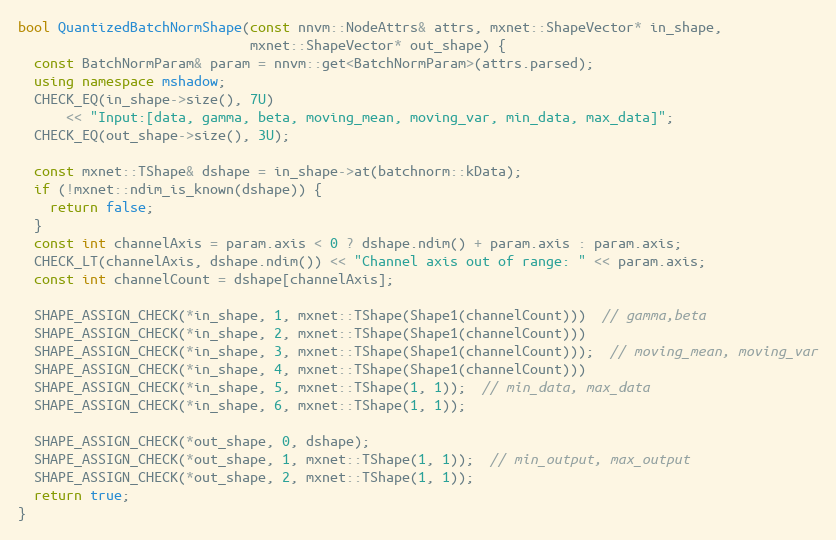
Language: C++
bool QuantizedBatchNormShape(const nnvm::NodeAttrs& attrs, mxnet::ShapeVector* in_shape,
                             mxnet::ShapeVector* out_shape) {
  const BatchNormParam& param = nnvm::get<BatchNormParam>(attrs.parsed);
  using namespace mshadow;
  CHECK_EQ(in_shape->size(), 7U)
      << "Input:[data, gamma, beta, moving_mean, moving_var, min_data, max_data]";
  CHECK_EQ(out_shape->size(), 3U);

  const mxnet::TShape& dshape = in_shape->at(batchnorm::kData);
  if (!mxnet::ndim_is_known(dshape)) {
    return false;
  }
  const int channelAxis = param.axis < 0 ? dshape.ndim() + param.axis : param.axis;
  CHECK_LT(channelAxis, dshape.ndim()) << "Channel axis out of range: " << param.axis;
  const int channelCount = dshape[channelAxis];

  SHAPE_ASSIGN_CHECK(*in_shape, 1, mxnet::TShape(Shape1(channelCount)))  // gamma,beta
  SHAPE_ASSIGN_CHECK(*in_shape, 2, mxnet::TShape(Shape1(channelCount)))
  SHAPE_ASSIGN_CHECK(*in_shape, 3, mxnet::TShape(Shape1(channelCount)));  // moving_mean, moving_var
  SHAPE_ASSIGN_CHECK(*in_shape, 4, mxnet::TShape(Shape1(channelCount)))
  SHAPE_ASSIGN_CHECK(*in_shape, 5, mxnet::TShape(1, 1));  // min_data, max_data
  SHAPE_ASSIGN_CHECK(*in_shape, 6, mxnet::TShape(1, 1));

  SHAPE_ASSIGN_CHECK(*out_shape, 0, dshape);
  SHAPE_ASSIGN_CHECK(*out_shape, 1, mxnet::TShape(1, 1));  // min_output, max_output
  SHAPE_ASSIGN_CHECK(*out_shape, 2, mxnet::TShape(1, 1));
  return true;
}